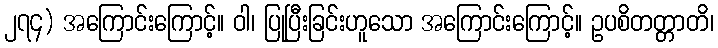
၂၇၄) အကြောင်းကြောင့်။ ဝါ၊ ပြုပြီးခြင်းဟူသော အကြောင်းကြောင့်။ ဥပစိတတ္တာတိ၊